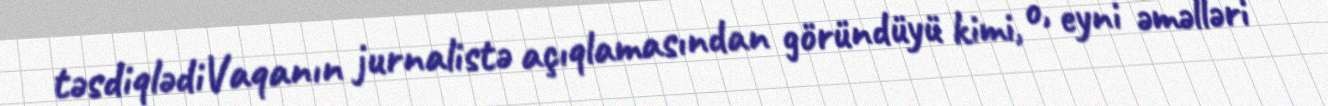
təsdiqlədiVaqanın jurnalistə açıqlamasından göründüyü kimi, o, eyni əməlləri